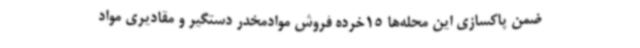
ضمن پاکسازی این محله‌ها 15خرده فروش موادمخدر دستگیر و مقادیری مواد